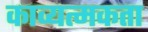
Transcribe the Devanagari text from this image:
काव्यत्मकता